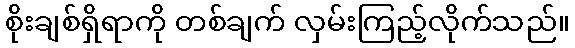
စိုးချစ်ရှိရာကို တစ်ချက် လှမ်းကြည့်လိုက်သည်။